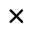
\times